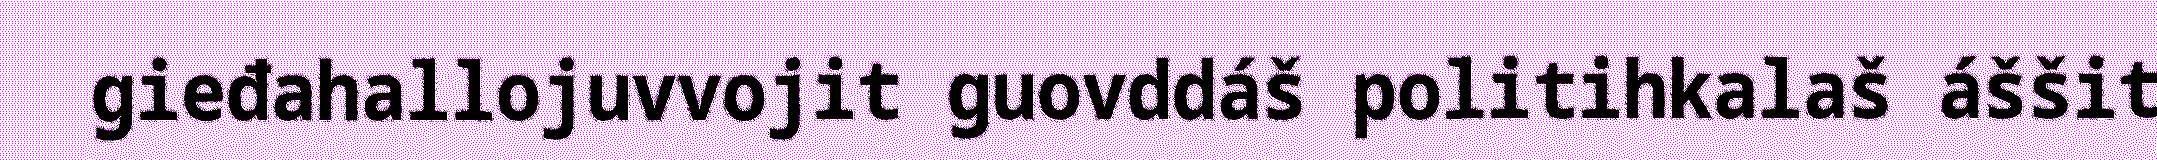
gieđahallojuvvojit guovddáš politihkalaš áššit